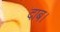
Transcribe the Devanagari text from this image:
दाब।